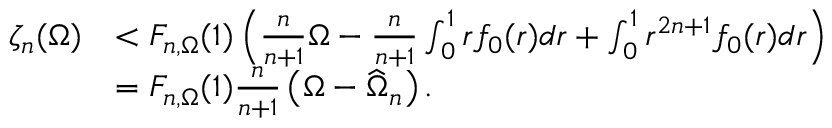
\begin{array} { r l } { \zeta _ { n } ( \Omega ) } & { < F _ { n , \Omega } ( 1 ) \left( \frac { n } { n + 1 } \Omega - \frac { n } { n + 1 } \int _ { 0 } ^ { 1 } r f _ { 0 } ( r ) d r + \int _ { 0 } ^ { 1 } r ^ { 2 n + 1 } f _ { 0 } ( r ) d r \right) } \\ & { = F _ { n , \Omega } ( 1 ) \frac { n } { n + 1 } \left( \Omega - \widehat \Omega _ { n } \right) . } \end{array}